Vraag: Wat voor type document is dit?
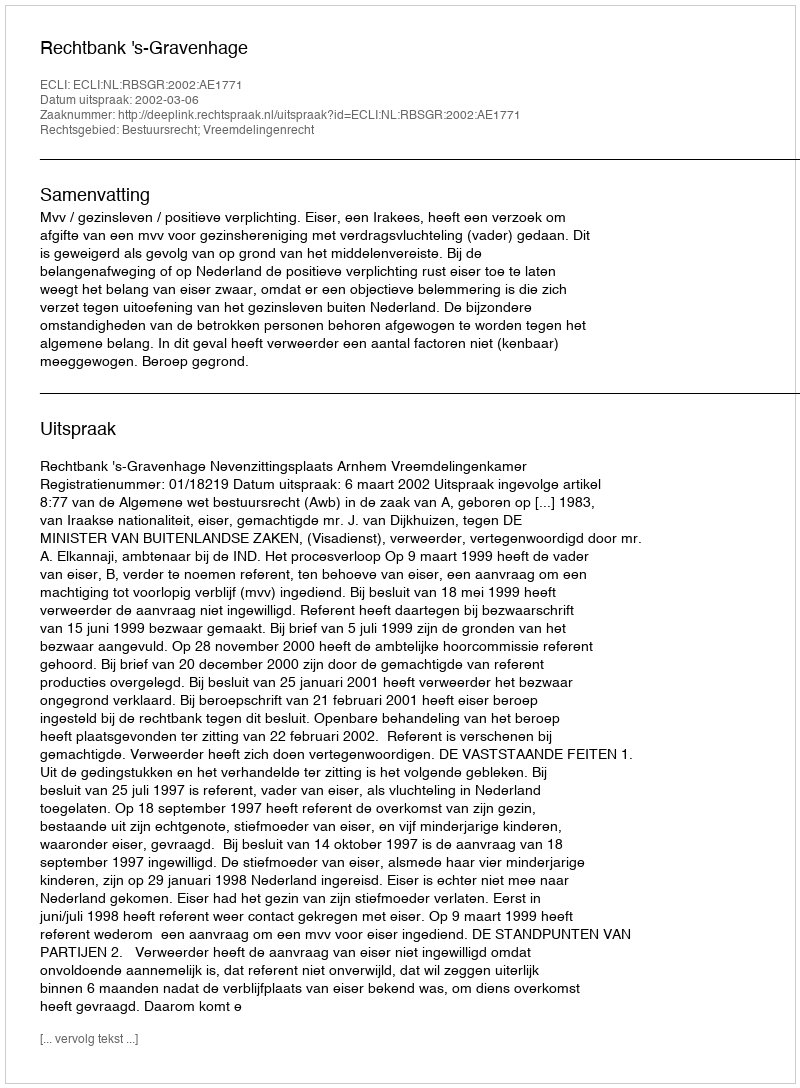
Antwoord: Uitspraak